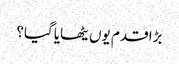
بڑا قدم یوں یٹھایا گیا؟